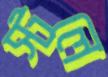
স্টলে